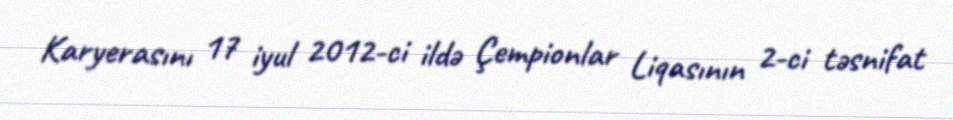
Karyerasını 17 iyul 2012-ci ildə Çempionlar Liqasının 2-ci təsnifat